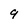
Character: 9